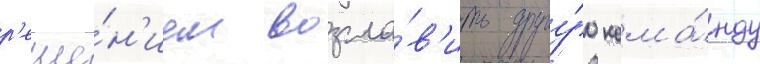
р'еше́н'ием возгла́в'ить другу́ю кома́нду